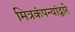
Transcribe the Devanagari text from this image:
मित्रकंपन्यांद्वारे